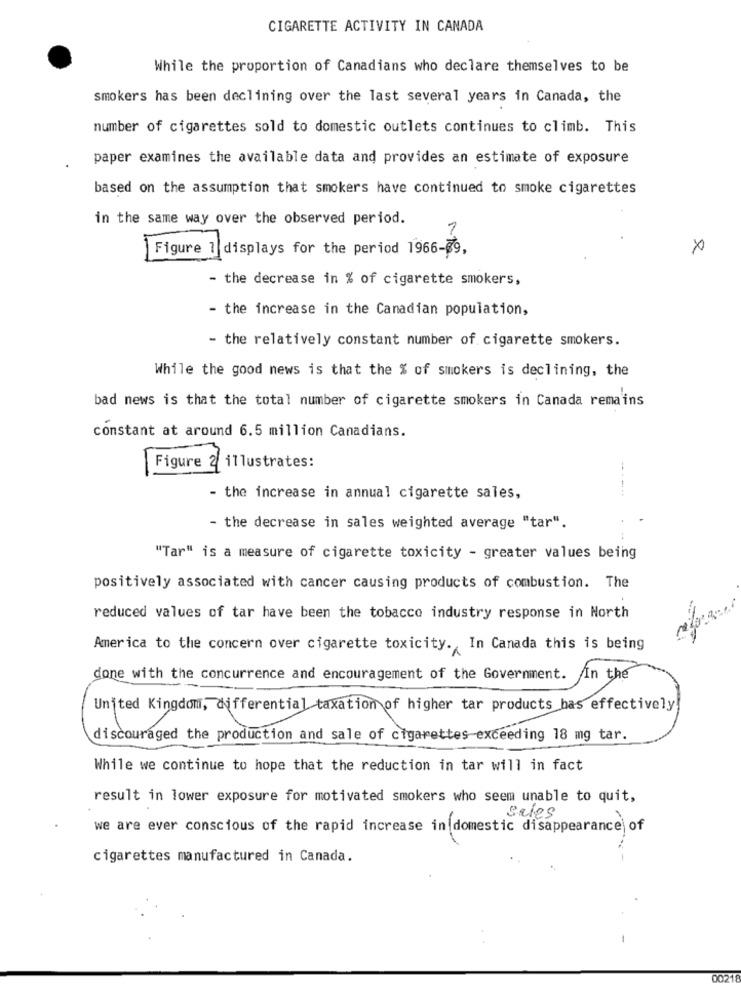
CIGARETTE ACTIVITY IN CANADA
While the proportion of Canadians who declare themselves to be
smokers has been declining over the last several years in Canada, the
number of cigarettes sold to domestic outlets continues to climb. This
paper examines the available data and provides an estimate of exposure
based on the assumption that smokers have continued to smoke cigarettes
in the same way over the observed period.
Figure 1 displays for the period 1966-09,
- the decrease in % of cigarette smokers,
- the increase in the Canadian population,
- the relatively constant number of cigarette smokers.
While the good news is that the % of smokers is declining, the
bad news is that the total number of cigarette smokers in Canada remains
constant at around 6.5 million Canadians.
Figure 2 illustrates:
- --
- the increase in annual cigarette sales,
- the decrease in sales weighted average "tar".
"Tar" is a measure of cigarette toxicity - greater values being
positively associated with cancer causing products of combustion. The
reduced values of tar have been the tobacco industry response in North
America to the concern over cigarette toxicity. In Canada this is being
done with the concurrence and encouragement of the Government. In the
United Kingdom, differential taxation of higher tar products has effectively!
discouraged the production and sale of cigarettes-exceeding 18 mg tar.
While we continue to hope that the reduction in tar will in fact
result in lower exposure for motivated smokers who seem unable to quit,
Sales
we are ever conscious of the rapid increase in domestic disappearance of
cigarettes manufactured in Canada.
0021